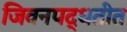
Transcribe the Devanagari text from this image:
जिवनपद्धतीत